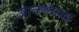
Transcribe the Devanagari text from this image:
उगवण्याचा